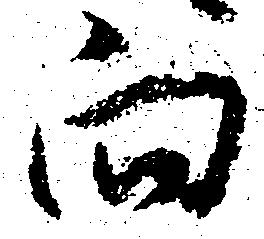
向